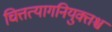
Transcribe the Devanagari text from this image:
चित्तत्यागनियुक्तश्च